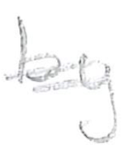
Text: by
Cross-out: mix
Writing tool: pencil